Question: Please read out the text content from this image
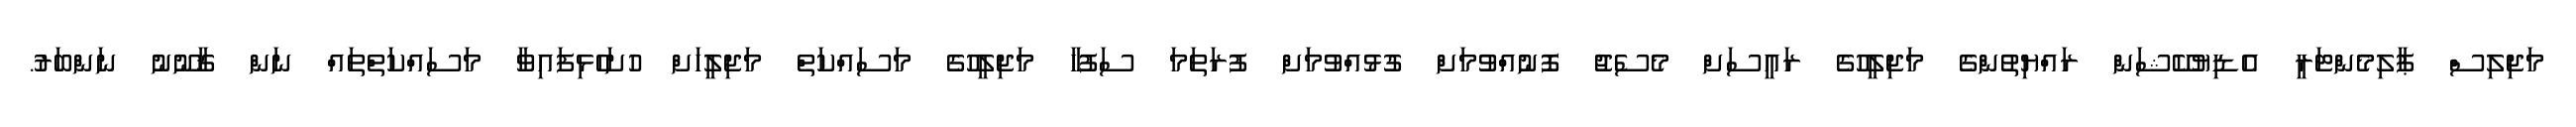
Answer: މަޖިލިސް ޕާލިމެންޓަރީ އެޑިޔުކޭޝަން ރައްޔިތުންގެ މަޖިލީހުގެ ރައީސަށް މެސެޖު ފޮނުއްވުމަށް ގުޅުއްވުމަށް ފުރަތަމަ ސަފުހާ މަޖިލީހުގެ މަސައްކަތް މަޖިލީހަށް ހުށަހެޅިފައިވާ މަސައްކަތްތައް ނަން ޤާނޫނު ނަންބަރު.